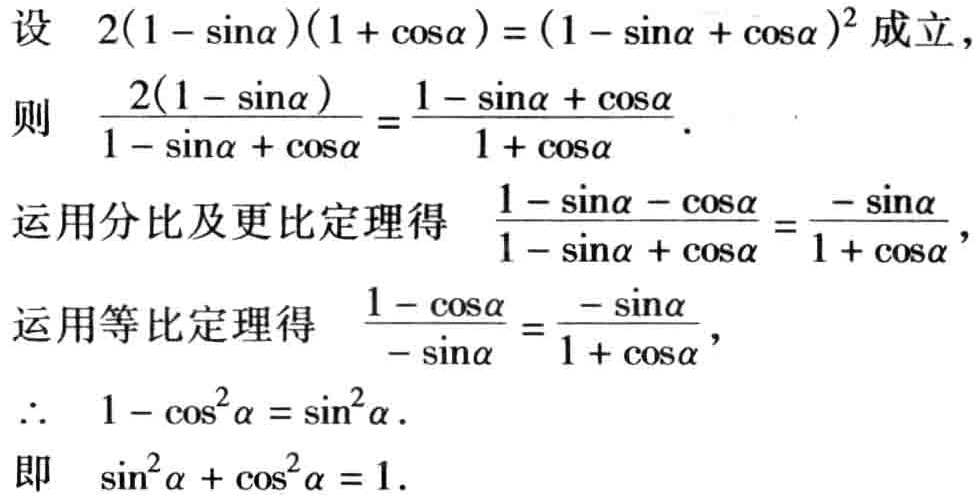
设 \(2(1 - \sin\alpha)(1 + \cos\alpha) = (1 - \sin\alpha + \cos\alpha)^2\) 成立，
则 \(\frac{2(1 - \sin\alpha)}{1 - \sin\alpha + \cos\alpha} = \frac{1 - \sin\alpha + \cos\alpha}{1 + \cos\alpha}\)．
运用分比及更比定理得 \(\frac{1 - \sin\alpha - \cos\alpha}{1 - \sin\alpha + \cos\alpha} = \frac{-\sin\alpha}{1 + \cos\alpha}\)，
运用等比定理得 \(\frac{1 - \cos\alpha}{-\sin\alpha} = \frac{-\sin\alpha}{1 + \cos\alpha}\)，
\(\therefore\) \(1 - \cos^{2}\alpha = \sin^{2}\alpha\)．
即 \(\sin^{2}\alpha + \cos^{2}\alpha = 1\)．